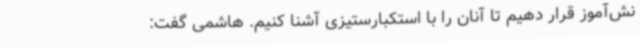
نش‌آموز قرار دهیم تا آنان را با استکبارستیزی آشنا کنیم. هاشمی گفت: